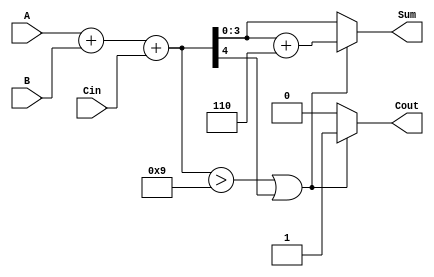
module BCD_Asynchronous_Adder (
    input  wire [3:0] A,      // First BCD digit
    input  wire [3:0] B,      // Second BCD digit
    input  wire Cin,          // Carry input
    output reg  [3:0] Sum,    // BCD sum output
    output reg  Cout          // Carry output
);

    // Intermediate signals
    wire [4:0] binary_sum;     // 5-bit sum to accommodate carry
    wire correction_needed;      // Flag for correction

    // Binary addition of A, B and Cin
    assign binary_sum = A + B + Cin;

    // Determine if correction is needed
    assign correction_needed = (binary_sum > 9) || (binary_sum[4]);

    always @* begin
        if (correction_needed) begin
            // Apply BCD correction by adding 6 (0110)
            Sum = binary_sum + 5'd6;
            Cout = 1; // Set carry out if correction is applied
        end else begin
            Sum = binary_sum[3:0]; // Take the lower 4 bits as the sum
            Cout = 0; // No carry out
        end
    end

endmodule